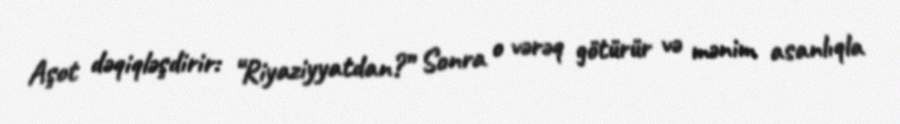
Aşot dəqiqləşdirir: “Riyaziyyatdan?” Sonra o vərəq götürür və mənim asanlıqla